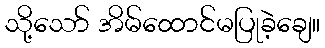
သို့သော် အိမ်ထောင်မပြုခဲ့ချေ။